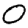
Digit: 0